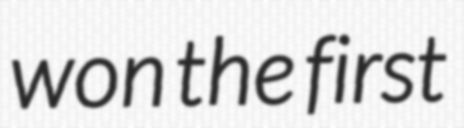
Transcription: won the first